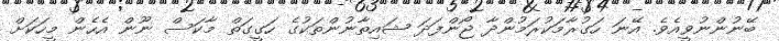
ބޭނުންނުވީއެވެ. އޭނަ ހަގުރާމަކުރަމުންދާ ޖޯންފަދަ ޝައިތާނުންތަކުގެ ހަގީގަތް މާކަސް ނޫން އެހެން މީހަކަށް